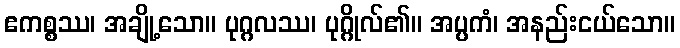
ဧကစ္စဿ၊ အချို့သော။ ပုဂ္ဂလဿ၊ ပုဂ္ဂိုလ်၏။ အပ္ပကံ၊ အနည်းငယ်သော။